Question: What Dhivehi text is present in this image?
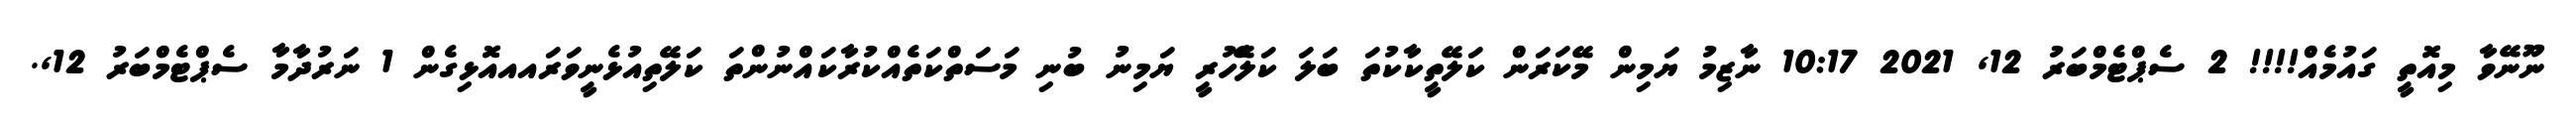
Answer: ނޫނޭވާ މިއޮތީ ގައުމެއް!!!! 2 ސެޕްޓެމްބަރު 12, 2021 10:17 ނާޒިމު ޔަމިން މޭކަރަން ކަލޭތީކާކުތަ ބަލަ ކަލެޭހުރީ ޔަމިނު ބުނި މަސަތްކަތެއްކުރާކައްނުންތަ ކަލޭތިއުޅެނީވަރައއއޮޅިގެން 1 ނަރުދާމާ ސެޕްޓެމްބަރު 12,.